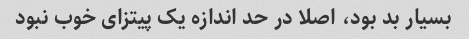
بسیار بد بود، اصلا در حد اندازه یک پیتزای خوب نبود